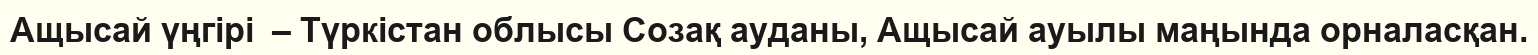
Ащысай үңгірі  – Түркістан облысы Созақ ауданы, Ащысай ауылы маңында орналасқан.